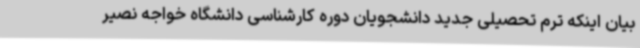
بیان اینکه ترم تحصیلی جدید دانشجویان دوره کارشناسی دانشگاه خواجه نصیر